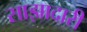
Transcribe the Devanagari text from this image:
साझादारी